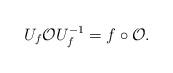
LaTeX: \begin{align*}U_{f} \mathcal{O} U_{f}^{-1} = f \circ \mathcal{O}.\end{align*}